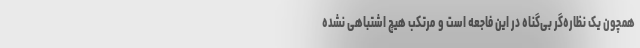
همچون یک نظاره‌گر بی‌گناه در این فاجعه است و مرتکب هیچ اشتباهی نشده